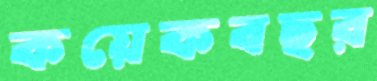
কয়েকবছর